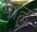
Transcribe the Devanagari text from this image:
बाह्न